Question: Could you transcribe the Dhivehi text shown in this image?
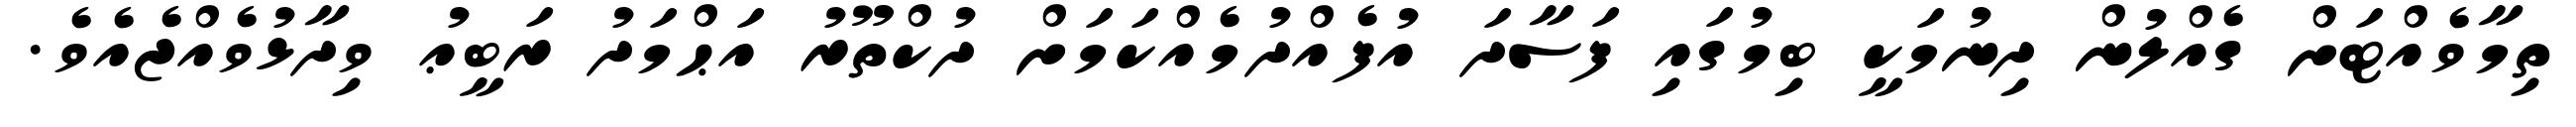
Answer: ތިމާވެއްޓަށް ގެއްލުން ދިނުމަކީ ބިމުގައި ފަސާދަ އުފެއްދުމެއްކަމަށް ދުކްތޫރު އަޙްމަދު ރަބީޢު ވިދާޅުވެއްޖެއެވެ.